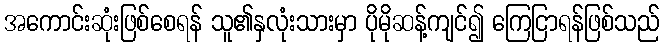
အကောင်းဆုံးဖြစ်စေရန် သူ၏နှလုံးသားမှာ ပိုမိုဆန့်ကျင်၍ ကြေငြာရန်ဖြစ်သည်